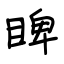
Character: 睥